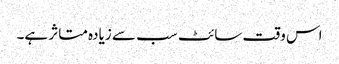
اس وقت سائٹ سب سے زیادہ متاثر ہے۔